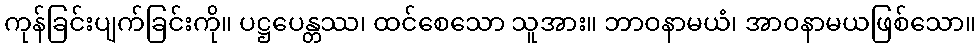
ကုန်ခြင်းပျက်ခြင်းကို။ ပဋ္ဌပေန္တဿ၊ ထင်စေသော သူအား။ ဘာဝနာမယံ၊ အာဝနာမယဖြစ်သော။